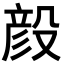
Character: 𪵏